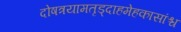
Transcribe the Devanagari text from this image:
दोषत्रयामतृड्दाहमेहकासांश्च